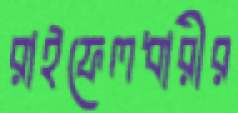
রাইফেলধারীর